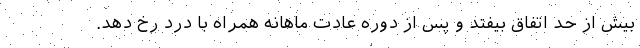
بیش از حد اتفاق بیفتد و پس از دوره عادت ماهانه همراه با درد رخ دهد.